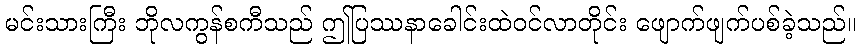
မင်းသားကြီး ဘိုလကွန်စကီသည် ဤပြဿနာခေါင်းထဲဝင်လာတိုင်း ဖျောက်ဖျက်ပစ်ခဲ့သည်။